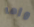
وإما